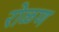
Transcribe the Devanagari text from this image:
रोळण